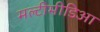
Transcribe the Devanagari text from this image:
मल्टीमीडिआ